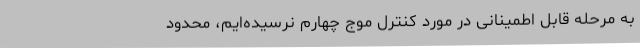
به مرحله‌ قابل اطمینانی در مورد کنترل موج چهارم نرسیده‌ایم، محدود